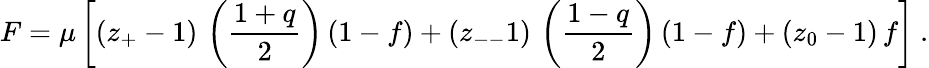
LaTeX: F=\mu\left[(z_{+}-1)\, \left(\frac{1+q}{2}\right)\, (1-f)+(z_{--}1)\, \left(\frac{1-q}{2}\right)\, (1-f)+(z_{0}-1)\, f\right]\ .